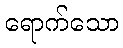
ရောက်သော